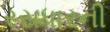
રસધારની